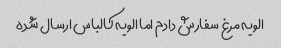
الویه مرغ سفارش دادم اما الویه کالباس ارسال شده